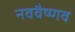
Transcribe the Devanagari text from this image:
नववैष्णव